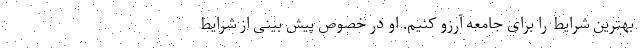
بهترین شرایط را برای جامعه آرزو کنیم. او در خصوص پیش بینی از شرایط